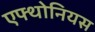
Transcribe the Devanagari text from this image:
एफ्थोनियस